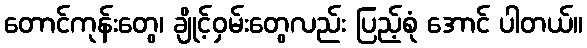
တောင်ကုန်းတွေ၊ ချိုင့်ဝှမ်းတွေလည်း ပြည့်စုံ အောင် ပါတယ်။